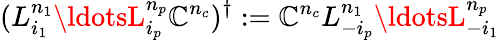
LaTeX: (L_{i_{1}}^{n_{1}}\ldotsL_{i_{p}}^{n_{p}}\mathbb{C}^{n_{c}})^{\dagger}:=\mathbb{C}^{n_{c}}L_{-i_{p}}^{n_{1}}\ldotsL_{-i_{1}}^{n_{p}}